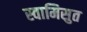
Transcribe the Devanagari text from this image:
स्वामिसुत